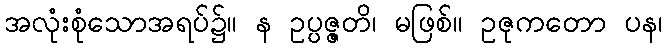
အလုံးစုံသောအရပ်၌။ န ဥပ္ပဇ္ဇတိ၊ မဖြစ်။ ဥဇုကတော ပန၊